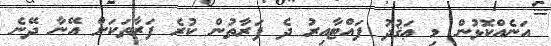
އަނެއްކޮޅުން މި ޢަޤުދު ފައްޓާއިރު ދެ ފަރާތުން ކުރެ ފަރާތަކަށް އޭނާ ދޭނެ